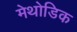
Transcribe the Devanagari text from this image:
मेथोडिक